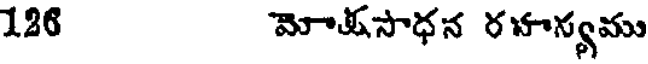
126 మోతసాధన రహాన్యము